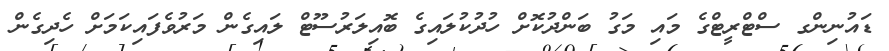
ޑައުނިންގ ސްޓްރީޓްގެ މައި މަގު ބަންދުކޮށް ހުދުކުލައިގެ ބޮއިލަރުސޫޓް ލައިގެން މަރުވެފައިކަމަށް ހެދިގެން